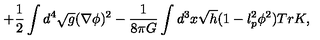
+ \frac { 1 } { 2 } \int d ^ { 4 } \sqrt { g } ( \nabla \phi ) ^ { 2 } - \frac { 1 } { 8 \pi G } \int d ^ { 3 } x \sqrt { h } ( 1 - l _ { p } ^ { 2 } \phi ^ { 2 } ) T r K ,